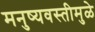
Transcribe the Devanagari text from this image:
मनुष्यवस्तीमुळे